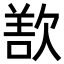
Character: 𬅬